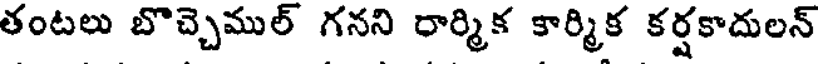
తంటలు బొచ్చెముల్ గనని రార్మిక కార్మిక కర్షకాదులన్